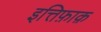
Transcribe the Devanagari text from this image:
इत्तिफ़ाक़